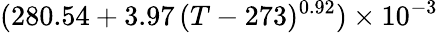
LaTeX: (280.54+3.97\, (T-273)^{0.92})\times 10^{-3}